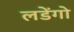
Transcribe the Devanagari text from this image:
लडेंगो